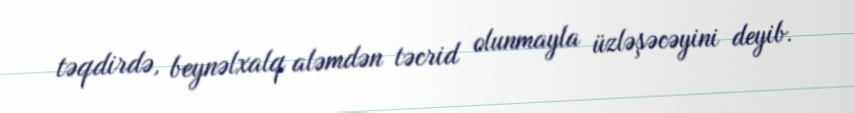
təqdirdə, beynəlxalq aləmdən təcrid olunmayla üzləşəcəyini deyib.